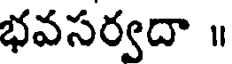
భవసర్వదా ॥